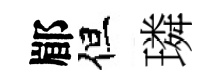
郿但璘